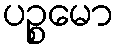
ပဉ္စမော